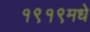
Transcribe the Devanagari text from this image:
१९१९मधे